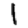
Digit: 1